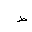
Letter: _da